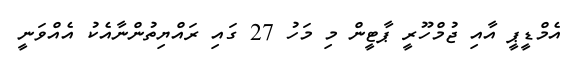
އެމްޑީޕީ އާއި ޖުމްހޫރީ ޕާޓީން މި މަހު 27 ގައި ރައްޔިތުންނާއެކު އެއްވަނީ